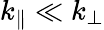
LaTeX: k_{\parallel}\ll k_{\perp}